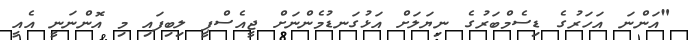
"އަންނަ އަހަރުގެ ޑިސެމްބަރުގެ ނިޔަލަށް އަޅުގަނޑުމެންނަށް ޖީއެސްޕީ ލިބިފައި މި އޮންނަނީ އެއީ